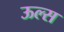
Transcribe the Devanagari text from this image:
ऊल्स